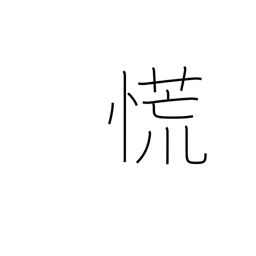
Meaning: lose one's head